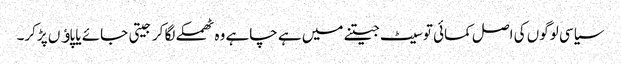
سیاسی لوگوں کی اصل کمائی تو سیٹ جیتنے میں ہے چاہے وہ ٹھمکے لگا کر جیتی جائے یا پاﺅں پڑکر۔